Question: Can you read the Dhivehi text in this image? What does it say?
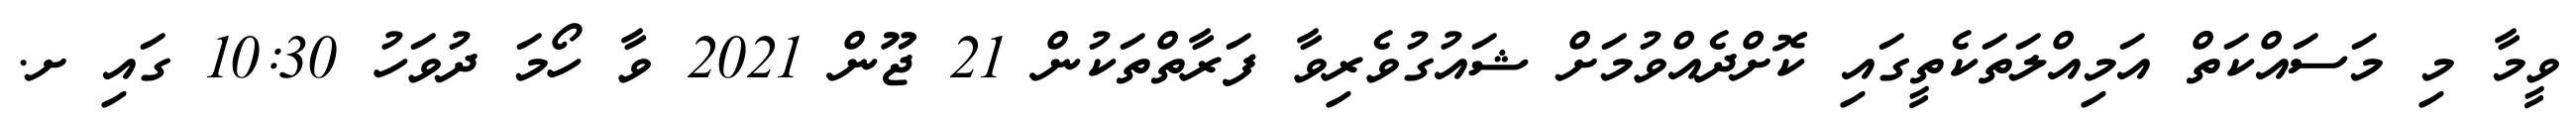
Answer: ވީމާ މި މަސައްކަތް އަމިއްލަތަކެތީގައި ކޮށްދެއްވުމަށް ޝައުގުވެރިވާ ފަރާތްތަކުން 21 ޖޫން 2021 ވާ ހޯމަ ދުވަހު 10:30 ގައި ށ.